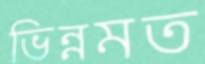
ভিন্নমত